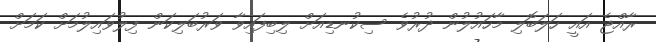
ރާއްޖެ އައީ ހަލަބޮލި މާހައުލުން ދުރުވެ ސިކުނޑިއަށް ލިބިފައިވާ ވަރުބަލިކަން ފިލުވައިލުމަށް ކަމަށް